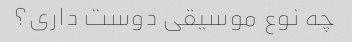
چه نوع موسیقی دوست داری؟